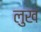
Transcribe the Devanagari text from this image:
लुख